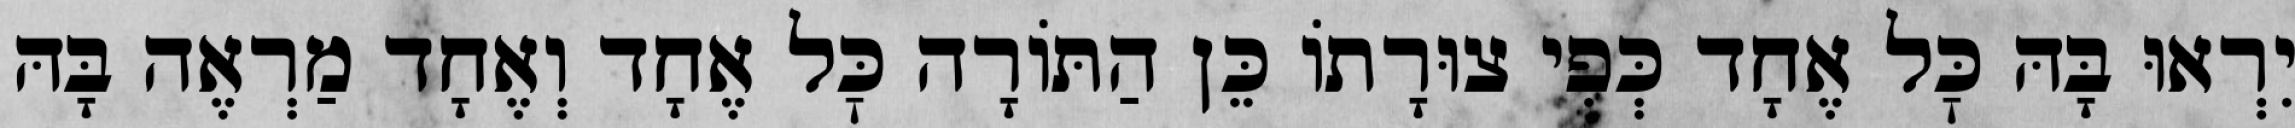
יִרְאוּ בָּהּ כׇּל אֶחָד כְּפִי צוּרָתוֹ כֵּן הַתּוֹרָה כׇּל אֶחָד וְאֶחָד מַרְאֶה בָּהּ